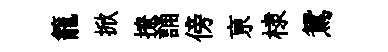
籠掀撩誦傍亰棣鴛